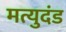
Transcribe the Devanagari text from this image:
मत्युदंड